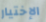
الإختيار